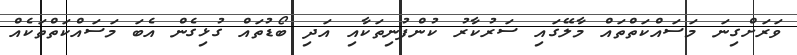
ވަރަށްގިނަ މަސައްކަތްތައް މާލޭގައި ސަރުކާރު ކުންފުނިތަކާއި އަދި ބޯޑުތައް ގުޅިގެން އެބަ މަސައްކަތްތަކެއް